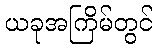
ယခုအကြိမ်တွင်